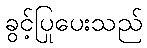
ခွင့်ပြုပေးသည်